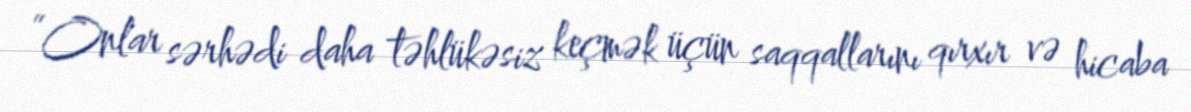
“Onlar sərhədi daha təhlükəsiz keçmək üçün saqqallarını qırxır və hicaba